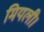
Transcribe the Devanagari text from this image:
मियली।